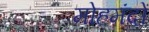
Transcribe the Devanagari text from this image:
मोहमंदों